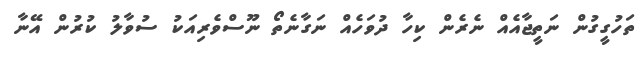
ތަހުގީގުން ނަތީޖާއެއް ނެރެން ކިހާ ދުވަހެއް ނަގާނެތޯ ނޫސްވެރިއަކު ސުވާލު ކުރުން އޭނާ